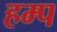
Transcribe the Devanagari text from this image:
हम्प